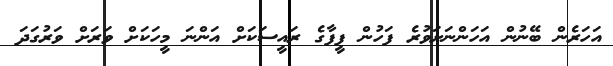
އަހަރެން ބޭނުން އަހަންނަށަވުރެ ފަހުން ފީފާގެ ރައީސަކަށް އަންނަ މީހަކަށް ވަރަށް ވަރުގަދަ